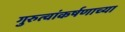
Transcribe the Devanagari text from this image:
गुरुत्वांकर्षणाच्या